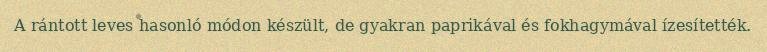
A rántott leves hasonló módon készült, de gyakran paprikával és fokhagymával ízesítették.